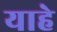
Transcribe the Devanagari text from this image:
याहे